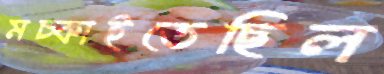
মচ্‌কাইতেছিল